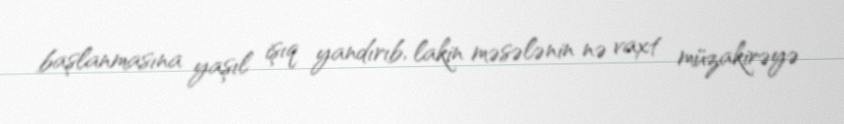
başlanmasına yaşıl işıq yandırıb, lakin məsələnin nə vaxt müzakirəyə